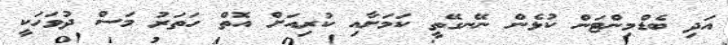
އަދި ބެޑްމިންޓަން ކުޅެން ނޭނގޭތީ ކަމަށާއި ކުރިއަށް އޮތް ހަތަރު މަސް ދުވަހަކީ